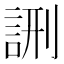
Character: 𮘉